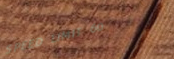
SPEED LIMIT 60